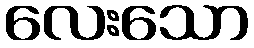
လေးသော